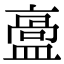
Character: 𥂡